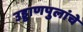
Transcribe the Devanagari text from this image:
उड्डाणपुलांचे